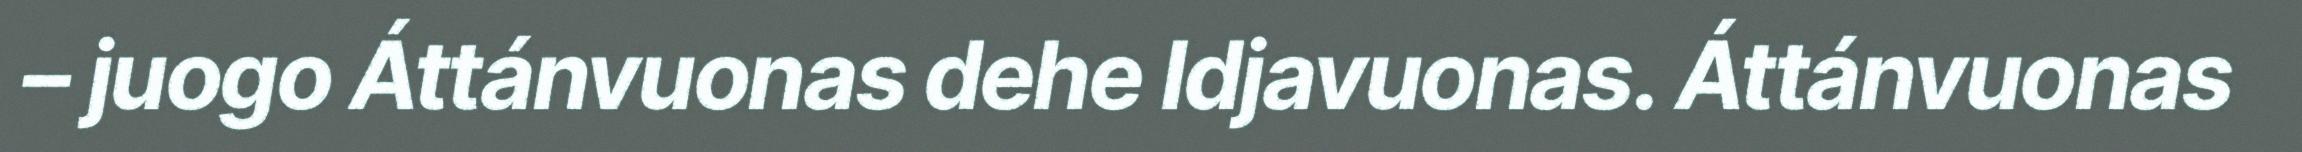
– juogo Áttánvuonas dehe Idjavuonas. Áttánvuonas